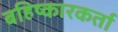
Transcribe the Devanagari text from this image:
बहिष्कारकर्ता